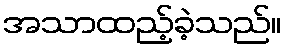
အသာထည့်ခဲ့သည်။